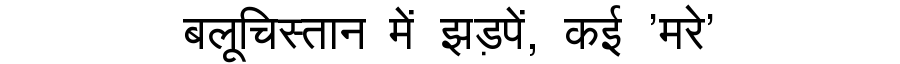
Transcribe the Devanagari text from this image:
बलूचिस्तान में झड़पें, कई 'मरे'